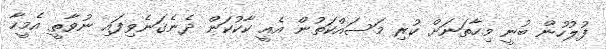
ފުލުހުން ބުނީ މިހާތަނަށް ކުރި މަސައްކަތުން އެއީ ކާކުކަން ދެނެގަނެވިފައި ނުވާތީ އެމީހާ